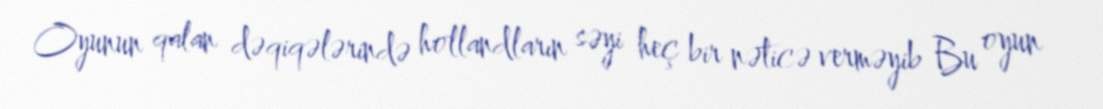
Oyunun qalan dəqiqələrində hollandların səyi heç bir nəticə verməyib Bu oyun